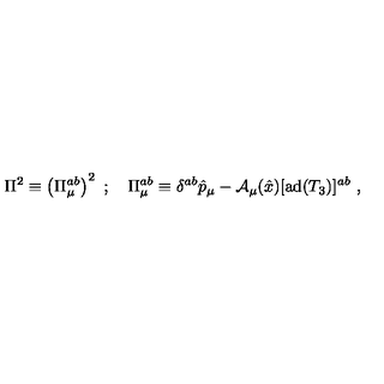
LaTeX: \Pi ^ { 2 } \equiv \left( \Pi _ { \mu } ^ { a b } \right) ^ { 2 } \ ; \quad \Pi _ { \mu } ^ { a b } \equiv \delta ^ { a b } \hat { p } _ { \mu } - { \cal A } _ { \mu } ( \hat { x } ) [ \mathrm { a d } ( T _ { 3 } ) ] ^ { a b } \ ,